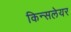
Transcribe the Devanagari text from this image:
किन्सलेयर